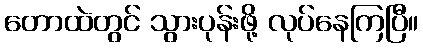
တောထဲတွင် သွားပုန်းဖို့ လုပ်နေကြပြီ။